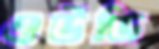
ওউডি